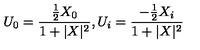
U _ { 0 } = \frac { \frac { 1 } { 2 } X _ { 0 } } { 1 + | X | ^ { 2 } } , U _ { i } = \frac { - \frac { 1 } { 2 } X _ { i } } { 1 + | X | ^ { 2 } }